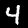
Digit: 4